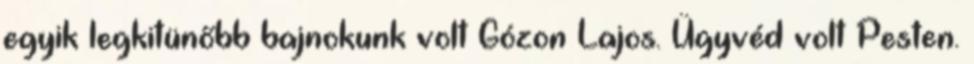
egyik legkitünőbb bajnokunk volt Gózon Lajos. Ügyvéd volt Pesten.